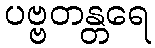
ပဗ္ဗတန္တရေ